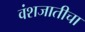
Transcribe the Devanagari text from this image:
वंशजातीचा